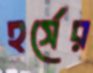
হর্সের